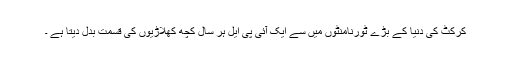
کرکٹ کی دنیا کے بڑے ٹورنامنٹوں میں سے ایک آئی پی ایل ہر سال کچھ کھلاڑیوں کی قسمت بدل دیتا ہے ۔